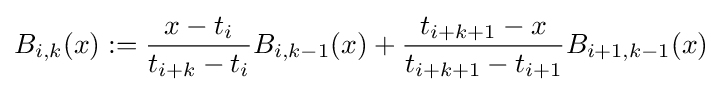
B_{i,k}(x):={\frac {x-t_{i}}{t_{i+k}-t_{i}}}B_{i,k-1}(x)+{\frac {t_{i+k+1}-x}{t_{i+k+1}-t_{i+1}}}B_{i+1,k-1}(x)